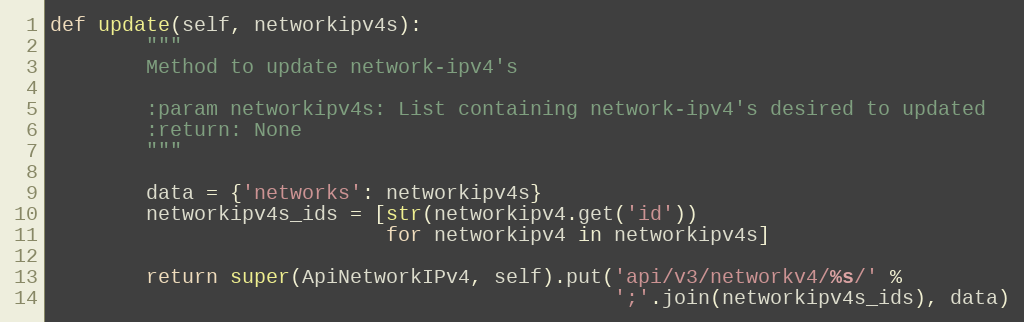
Language: Python
def update(self, networkipv4s):
        """
        Method to update network-ipv4's

        :param networkipv4s: List containing network-ipv4's desired to updated
        :return: None
        """

        data = {'networks': networkipv4s}
        networkipv4s_ids = [str(networkipv4.get('id'))
                            for networkipv4 in networkipv4s]

        return super(ApiNetworkIPv4, self).put('api/v3/networkv4/%s/' %
                                               ';'.join(networkipv4s_ids), data)